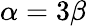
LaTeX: \alpha=3\beta